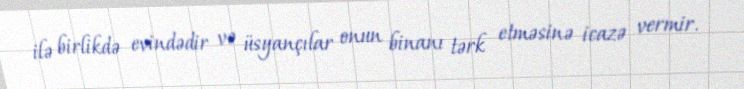
ilə birlikdə evindədir və üsyançılar onun binanı tərk etməsinə icazə vermir.